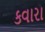
કવારા